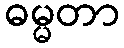
ဓမ္မတာ